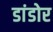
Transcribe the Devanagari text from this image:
डांडोर